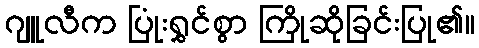
ဂျူလီက ပြုံးရွှင်စွာ ကြိုဆိုခြင်းပြု၏။